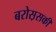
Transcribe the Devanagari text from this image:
बरोस़सकी